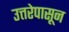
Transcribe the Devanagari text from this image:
उत्तरेपासून